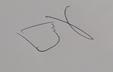
Signature authenticity: genuine